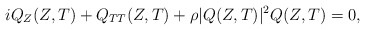
\begin{align*}iQ_Z(Z,T)+Q_{TT}(Z,T)+\rho|Q(Z,T)|^2Q(Z,T)=0,\end{align*}